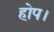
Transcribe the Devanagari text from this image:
होप।